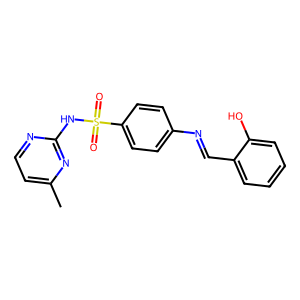
SMILES: Cc1ccnc(NS(=O)(=O)c2ccc(N=Cc3ccccc3O)cc2)n1
Inhibits HIV replication: No